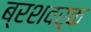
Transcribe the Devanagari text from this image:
ब्रशवर्क